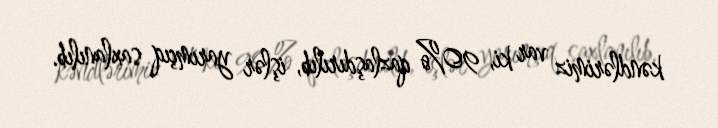
kəndlərimiz var ki, 90% qazlaşdırılıb, işlər yarımçıq saxlanılıb.